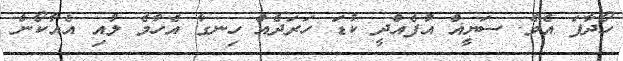
ހޯދާފަ އެވެ. ސަޔީޣް އުފެއްދީ ކުޑަ ހަރަދެއް ހިނގާ އެހާމެ ލުއި އެއާކޯން